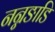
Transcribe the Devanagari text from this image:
नन्नङाडि